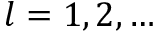
l = 1 , 2 , \ldots